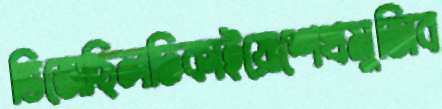
ভিজেছিলঢিকাইয়োশেখমুজিব